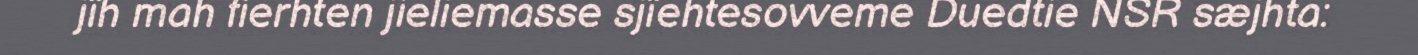
jïh mah fierhten jieliemasse sjïehtesovveme Duedtie NSR sæjhta: